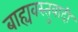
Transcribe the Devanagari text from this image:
बाह्यवस्तुवादी